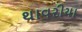
થાવરીયા